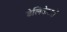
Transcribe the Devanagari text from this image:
डेलिकेटसें